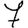
Digit: 7